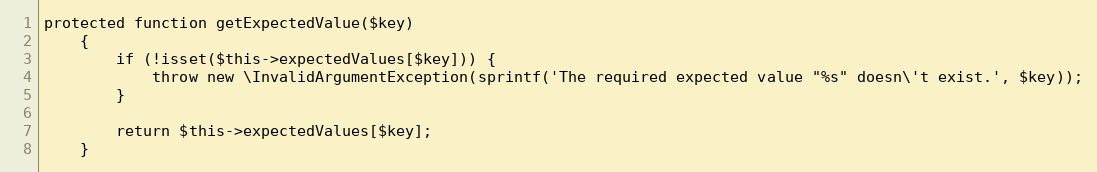
Language: PHP
protected function getExpectedValue($key)
    {
        if (!isset($this->expectedValues[$key])) {
            throw new \InvalidArgumentException(sprintf('The required expected value "%s" doesn\'t exist.', $key));
        }

        return $this->expectedValues[$key];
    }